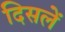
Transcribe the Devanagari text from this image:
दिसलें